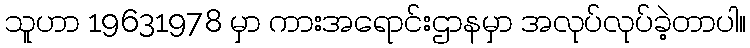
သူဟာ 19631978 မှာ ကားအရောင်းဌာနမှာ အလုပ်လုပ်ခဲ့တာပါ။